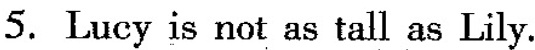
5.Lucy is not as tall as Lily.